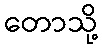
တောသို့